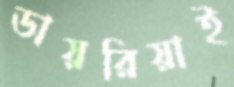
ডায়রিয়াই